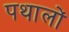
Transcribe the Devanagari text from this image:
पथालों